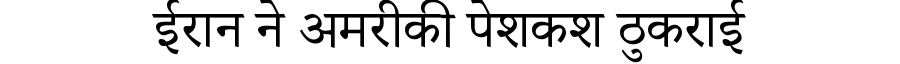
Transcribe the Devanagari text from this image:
ईरान ने अमरीकी पेशकश ठुकराई